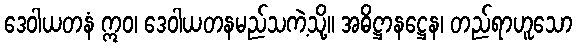
ဒေဝါယတနံ ဣဝ၊ ဒေဝါယတနမည်သကဲ့သို့။ အဓိဋ္ဌာနဋ္ဌေန၊ တည်ရာဟူသော